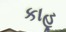
કાહૂ